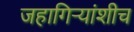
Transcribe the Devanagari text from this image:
जहागिर्‍यांशीच